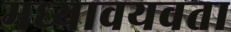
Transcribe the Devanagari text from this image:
मध्यावयवता